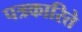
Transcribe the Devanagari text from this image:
पत्रकारिते